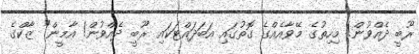
ރޫބީ ދެއްވުން! މިހިތުގެ މޭވާއެއްގެ ގޮތުގައި އަބަދައްޓަކައި ރޫބީ ދެއްވުން! އާމީން" ޒާކްގެ